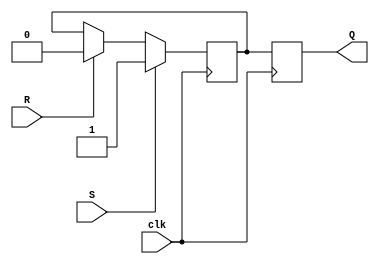
module SR_FF (
  input clk, // Clock input
  input S, // Set input
  input R, // Reset input
  output reg Q // Output
);

reg Q_master, Q_buffered;

// D flip-flops
always @(posedge clk) begin
  if(S) begin
    Q_master <= 1; // Set output to 1
  end else if(R) begin
    Q_master <= 0; // Reset output to 0
  end else begin
    Q_master <= Q_buffered; // Hold previous value
  end
end

// Buffering the output of master flip-flop
always @* begin
  Q_buffered = Q_master;
end

// Slave D flip-flop
always @(posedge clk) begin
  Q <= Q_buffered; // Connect buffered output to slave flip-flop
end

endmodule